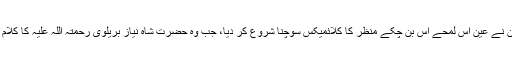
میرے ڈرامہ نگار ذہن نے عین اُس لمحے اُس بُن چکے منظر کا کلائمیکس سوچنا شروع کر دیا، جب وہ حضرت شاہ نیاز بریلوی رحمتہ اللّہ علیہ کا کلام شروع کر چکی تھی۔